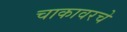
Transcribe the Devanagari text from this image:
चाकावरचे